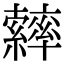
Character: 𦆽